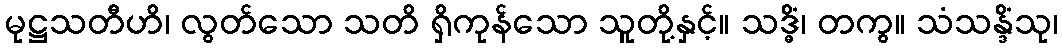
မုဋ္ဌသတီဟိ၊ လွတ်သော သတိ ရှိကုန်သော သူတို့နှင့်။ သဒ္ဓိံ၊ တကွ။ သံသန္ဒိံသု၊